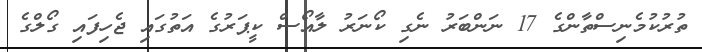
ތުރުކުމެނިސްތާންގެ 17 ނަންބަރު ނެގި ކޯނަރު ލާއޯސް ކީޕަރުގެ އަތުގައި ޖެހިފައި ގޯލްގެ